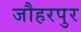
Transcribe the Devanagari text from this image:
जौहरपुर